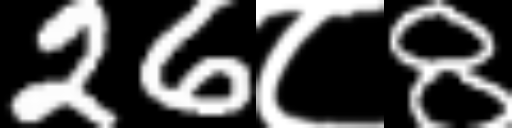
Text: 26८8